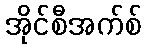
အိုင်စီအက်စ်